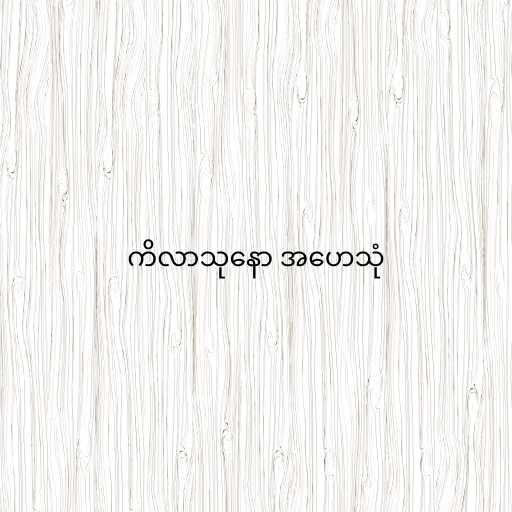
ကိလာသုနော အဟေသုံ